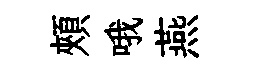
頰哦燕